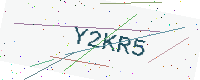
Text: Y2KR5